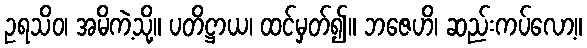
ဥရသိဝ၊ အမိကဲ့သို့။ ပတိဋ္ဌာယ၊ ထင်မှတ်၍။ ဘဇေဟိ၊ ဆည်းကပ်လော့။